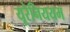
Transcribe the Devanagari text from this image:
यूरेनिययम